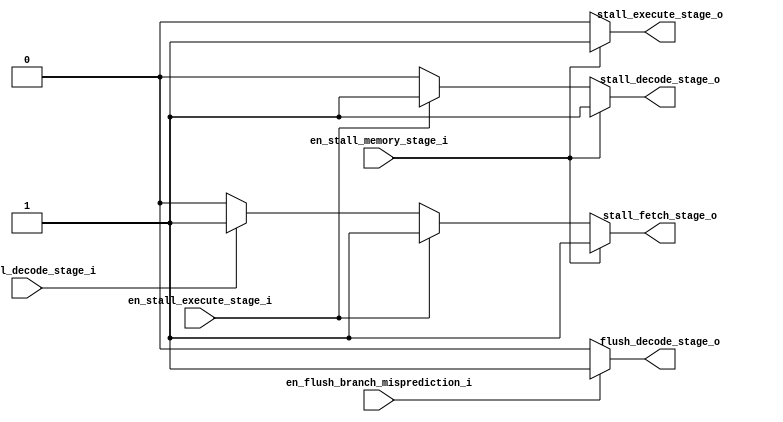
module pipeline_controller (
   input en_stall_decode_stage_i,
   input en_stall_execute_stage_i,
   input en_stall_memory_stage_i,
   input en_flush_branch_misprediction_i,
   output stall_fetch_stage_o,
   output stall_decode_stage_o,
   output stall_execute_stage_o,
   output flush_decode_stage_o
);

   reg stall_fetch_stage_r;
   reg stall_decode_stage_r;
   reg stall_execute_stage_r;

   reg flush_decode_stage_r;

   always @(*) begin
      stall_fetch_stage_r      = 1'b0;
      stall_decode_stage_r     = 1'b0;
      stall_execute_stage_r    = 1'b0;
      flush_decode_stage_r     = 1'b0;

      if(en_flush_branch_misprediction_i)begin
         flush_decode_stage_r  = 1'b1;
      end 

      if(en_stall_memory_stage_i)begin
         stall_execute_stage_r = 1'b1;
         stall_decode_stage_r  = 1'b1;
         stall_fetch_stage_r   = 1'b1;
      end
      else if(en_stall_execute_stage_i)begin
         stall_decode_stage_r  = 1'b1;
         stall_fetch_stage_r   = 1'b1;

      end
      else if(en_stall_decode_stage_i)begin
         stall_fetch_stage_r   = 1'b1;
      end
   end
   
   assign stall_fetch_stage_o         = stall_fetch_stage_r;
   assign stall_decode_stage_o        = stall_decode_stage_r;
   assign stall_execute_stage_o       = stall_execute_stage_r;
   assign flush_decode_stage_o        = flush_decode_stage_r;
   
endmodule